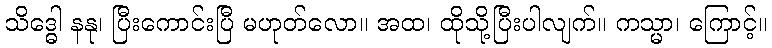
သိဒ္ဓေါ နနု၊ ပြီးကောင်းပြီ မဟုတ်လော။ အထ၊ ထိုသို့ပြီးပါလျက်။ ကသ္မာ၊ ကြောင့်။